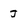
Character: J